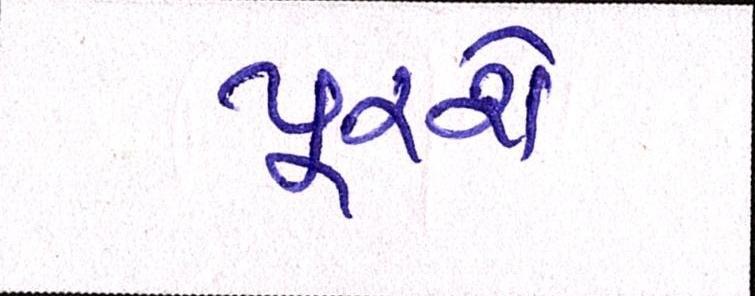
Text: પૂરશે